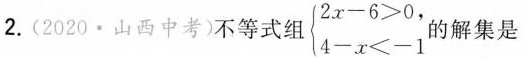
2.(2020·山西中考)不等式组 $$\begin {cases} 2 x - 6 > 0 , \\ 4 - x < - 1 \end {cases}$$的解集是